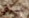
نسوي